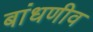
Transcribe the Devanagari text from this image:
बांधणीव